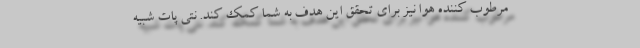
مرطوب کننده هوا نیز برای تحقق این هدف به شما کمک کند. نتی پات شبیه